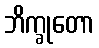
ဘိက္ခုတော